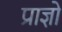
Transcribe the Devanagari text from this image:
प्राज्ञो